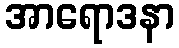
အာရောဒနာ